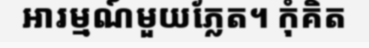
អារម្មណ៍មួយភ្លែត។ កុំគិត